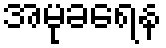
အမုခရေန